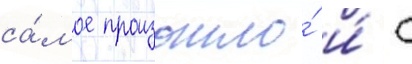
са́мое произошло́ и́ с